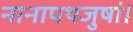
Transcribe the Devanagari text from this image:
नानापथजुषां।